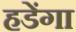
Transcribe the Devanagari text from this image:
हडेंगा